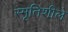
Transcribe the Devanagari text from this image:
स्मृतिशीले